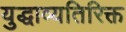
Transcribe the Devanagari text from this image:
युद्धाव्यतिरिक्त